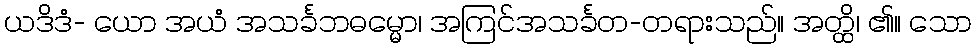
ယဒိဒံ- ယော အယံ အသင်္ခဘဓမ္မော၊ အကြင်အသင်္ခတ-တရားသည်။ အတ္ထိ၊ ၏။ သော